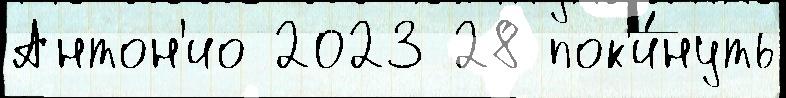
Антон'ио 2023 28 пок'и́нуть